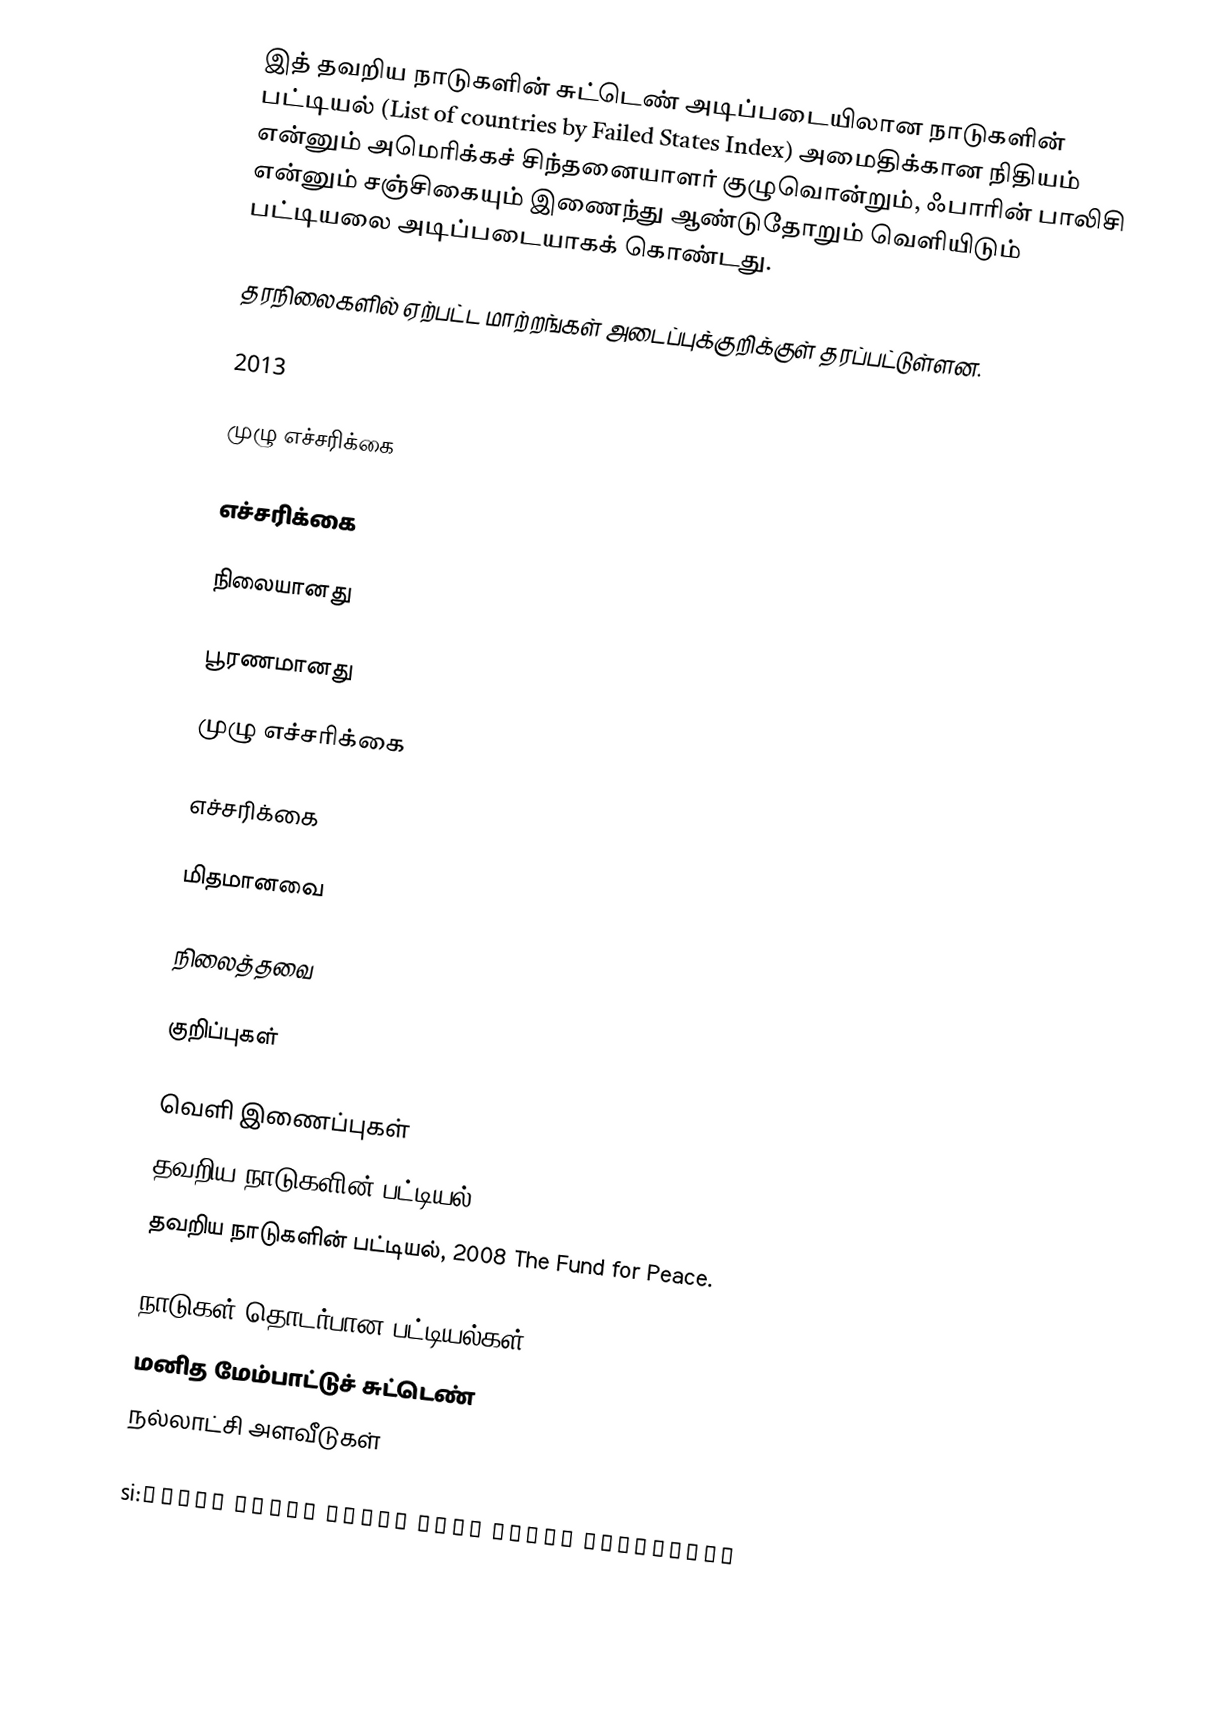
இத் தவறிய நாடுகளின் சுட்டெண் அடிப்படையிலான நாடுகளின் பட்டியல் (List of countries by Failed States Index) அமைதிக்கான நிதியம் என்னும் அமெரிக்கச் சிந்தனையாளர் குழுவொன்றும், ஃபாரின் பாலிசி என்னும் சஞ்சிகையும் இணைந்து ஆண்டுதோறும் வெளியிடும் பட்டியலை அடிப்படையாகக் கொண்டது.

தரநிலைகளில் ஏற்பட்ட மாற்றங்கள் அடைப்புக்குறிக்குள் தரப்பட்டுள்ளன.

2013

முழு எச்சரிக்கை

எச்சரிக்கை

நிலையானது

பூரணமானது

முழு எச்சரிக்கை

எச்சரிக்கை

மிதமானவை

நிலைத்தவை

குறிப்புகள்

வெளி இணைப்புகள்
 தவறிய நாடுகளின் பட்டியல், 2007  The Fund for Peace. Retrieved on 2007-09-17
 தவறிய நாடுகளின் பட்டியல், 2008  The Fund for Peace.

நாடுகள் தொடர்பான பட்டியல்கள்
மனித மேம்பாட்டுச் சுட்டெண்
நல்லாட்சி அளவீடுகள்

si:අසමත් රාජ්ය සූචිය අනුව රටවල් ලැයිස්තුව